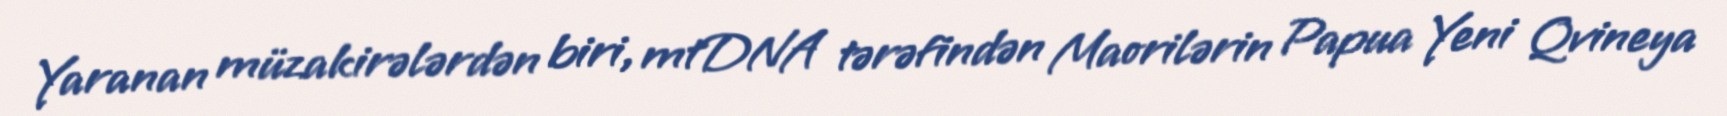
Yaranan müzakirələrdən biri, mtDNA tərəfindən Maorilərin Papua Yeni Qvineya